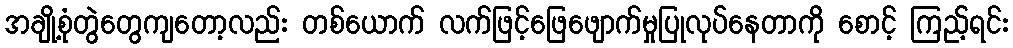
အချို့စုံတွဲတွေကျတော့လည်း တစ်ယောက် လက်ဖြင့်ဖြေဖျောက်မှုပြုလုပ်နေတာကို စောင့် ကြည့်ရင်း